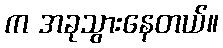
က အခုသွားနေတယ်။